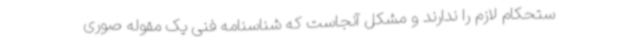
ستحکام لازم را ندارند و مشکل آنجاست که شناسنامه فنی یک مقوله صوری